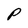
Character: P